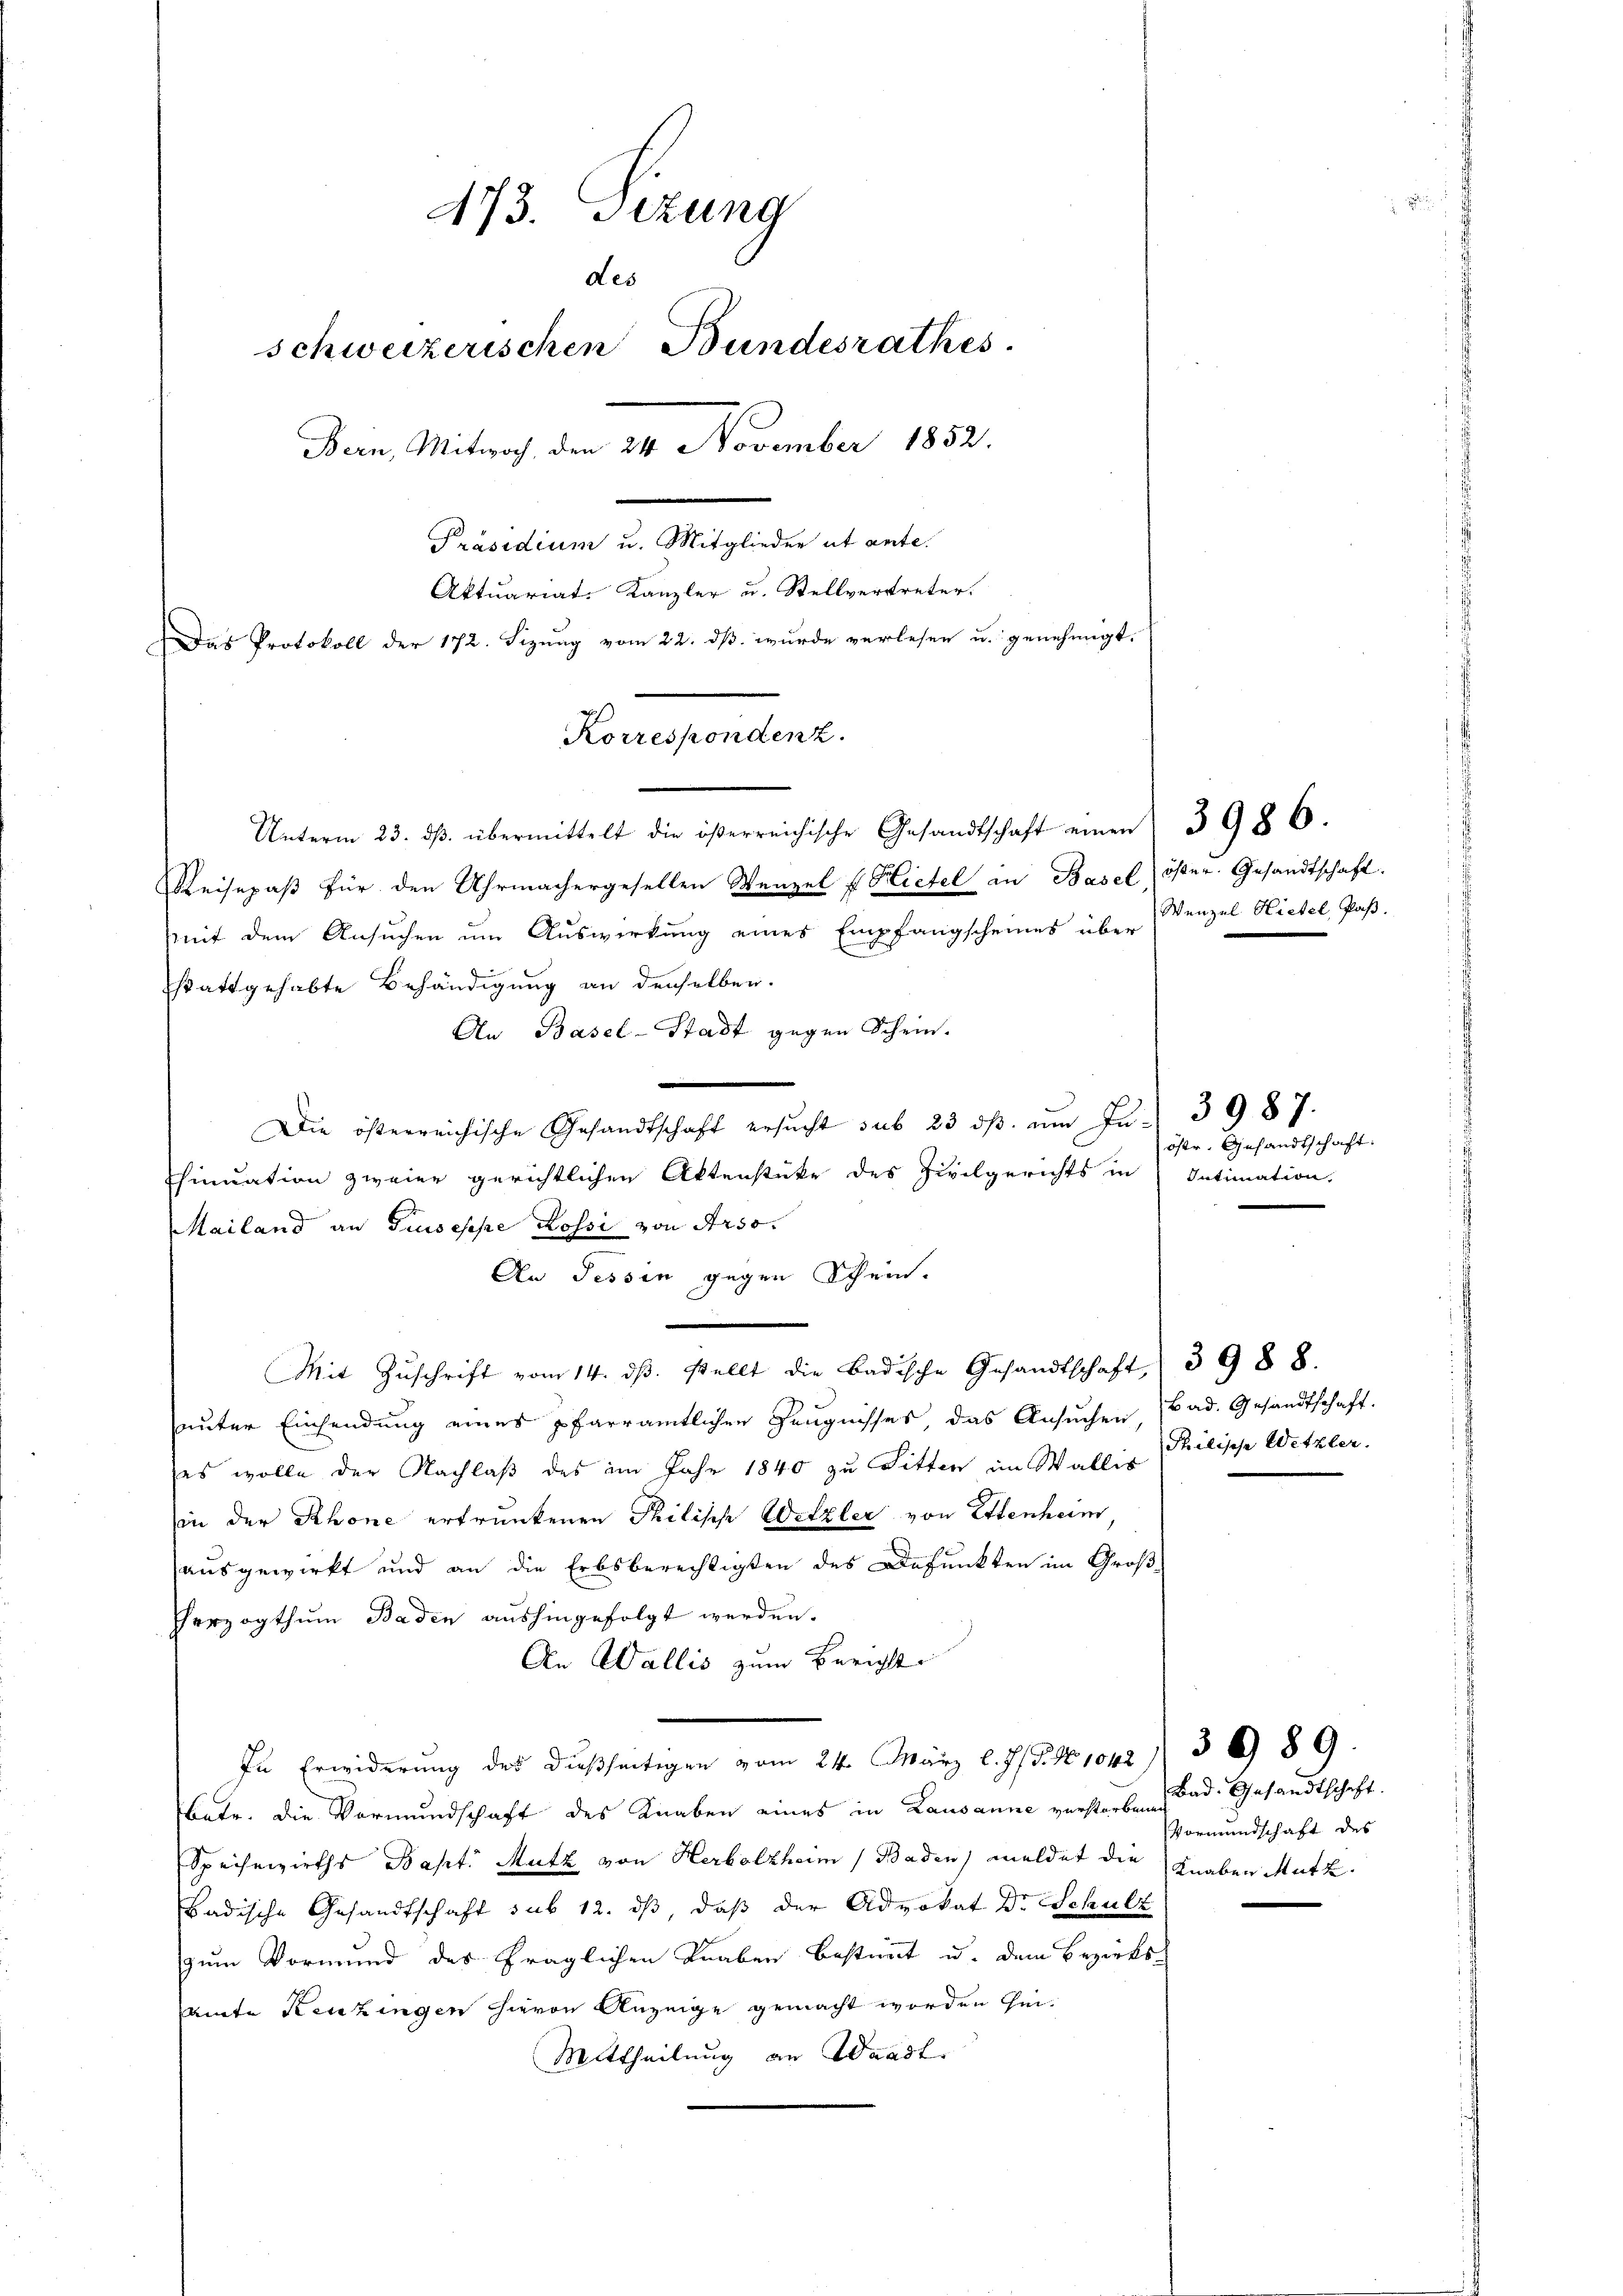
473. Sezung
Les
schweizerischen Bundesrathes.
Bern, Mitwoch, den 24. November 1852.
Präsidium u. Mitglieder ut ante.
Aktuariat-Kanzler u. Stellvertreter.
Das Protokoll der 172. Sizung vom 22. dß wurde verlesen u. genehmigt.

Korrespondenz.

Unterm 23. dβ übermittelt die österreichische Gesandtschaft einen 3986.
Reisepaß für den Uhrmachergesellen Wenzel f Flictel an Basel öster. Gesandtschaft.
mit dem Ansuchen um Auswirkung eines Empfangscheines über Wenzel Hiebel, Paß.
stattgehabte Behändigung an denselben.
An Basel-Stadt gegen Schein.
Die österreichische Gesandtschaft ersucht sub 23 ds. um zu 3987.
sinuation zweier gerichtlichen Aktenstücke des Zivilgerichts in Intimation,
Mailand an Giuseppe Rossi von Arso.
An Tessin gegen Schein.
Mit Zŭschrift vom 14. dβ. stellt die Badische Gesandtschaft (3988.
unter Einsendung eines Pfarramtlichen Zeugnisses, das Ansuchen,
(es wolle der Nachlaß des im Jahr 1840 zu Litten im Wallis Philische Wetzler,
in der Rhone ertrunkenen Philisch Wetzler von Ettenheim
ausgewirkt und an die Erbsberechtigten des Defunkten im Groß-
Herzogthum Baden aushingefolgt werden.
An Wallis zum Bericht
In Erwiderung des dießseitigen vom 24. März l. J. J. N. 1042 3 989.
Batr. die Vormundschaft des Knaben eines in Lausanne verstorben, d. Gesandtschaft
Speisewirths Bapt. Mutz von Herbolzheim (Baden, meldet die Knaben Mutz
Badische Gesandtschaft sub 12. dβ, daß der Advokat Dr. Schulz
zum Vormund des fraglichen Knaben bestimmt u. dem Bezirksamte Kenzingen hievon Anzeige gemacht worden sei.
Mittheilung an Waadt

öfter, Gesandtschaft.

Bad. Gesandtschaft.

Vormundschaft des